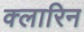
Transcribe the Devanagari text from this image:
क्लारिन